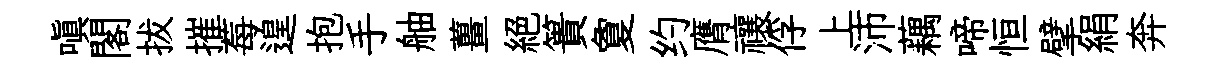
嗔閣拔摧莓遑抱手舳薑絶簣夐约膺禳俘上沛藕啼恒擘絹奔